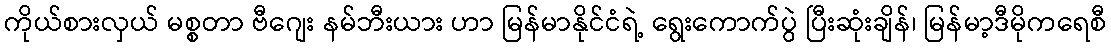
ကိုယ်စားလှယ် မစ္စတာ ဗီဂျေး နမ်ဘီးယား ဟာ မြန်မာနိုင်ငံရဲ့ ရွေးကောက်ပွဲ ပြီးဆုံးချိန်၊ မြန်မာ့ဒီမိုကရေစီ